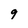
Character: 9